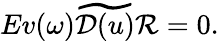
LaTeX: Ev(\omega)\widetilde{{\cal D}(u)}{\cal R}=0.